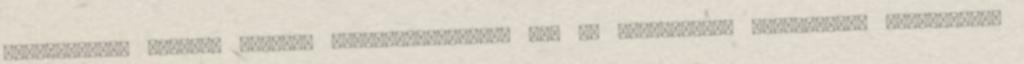
segítségével képesek növelni rátermettségüket, míg az alacsonyabb kompetíciós adottságúak